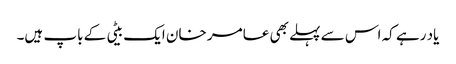
یاد رہے کہ اس سے پہلے بھی عامر خان ایک بیٹی کے باپ ہیں۔